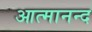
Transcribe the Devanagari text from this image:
आत्‍मानन्द